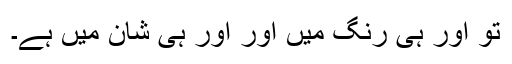
توُ اور ہی رنگ میں اور اَور ہی شان میں ہے۔